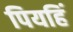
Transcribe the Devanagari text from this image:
पियहिं